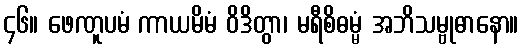
၄၆။ ဖေဏူပမံ ကာယမိမံ ဝိဒိတွာ၊ မရီစိဓမ္မံ အဘိသမ္ဗုဓာနော။